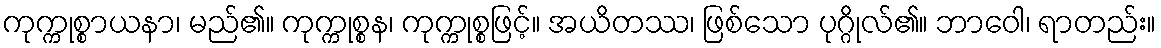
ကုက္ကုစ္စာယနာ၊ မည်၏။ ကုက္ကုစ္စန၊ ကုက္ကုစ္စဖြင့်။ အယိတဿ၊ ဖြစ်သော ပုဂ္ဂိုလ်၏။ ဘာဝေါ၊ ရာတည်း။